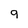
Character: q